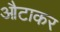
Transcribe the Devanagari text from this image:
औटाकर